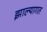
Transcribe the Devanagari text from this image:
झाल्यागत